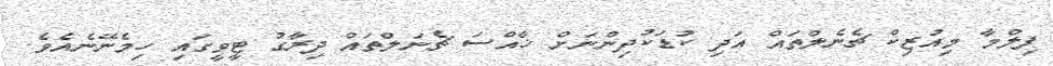
ފިލްމާ މިއުޒިކް ޗެނެލްތައް އަދި ކުޑަކުދިންނަށް ޚާއްސަ ޗެނަލްތައް ދިރާގު ޓީވީގައި ހިމެނޭނެއެވެ.